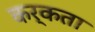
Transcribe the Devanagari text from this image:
कर्कता